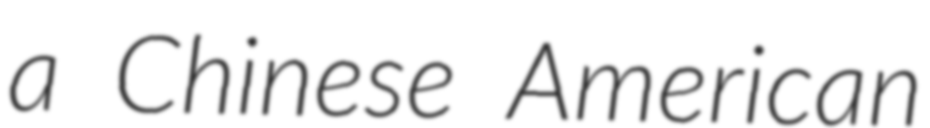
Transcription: a Chinese American